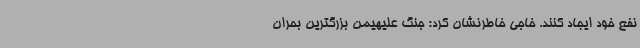
نفع خود ایجاد کنند. خاجی خاطرنشان کرد: جنگ علیهیمن بزرگترین بحران